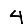
Digit: 4